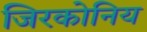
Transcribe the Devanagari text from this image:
जिरकोनिय